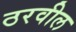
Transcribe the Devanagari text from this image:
ठरवील